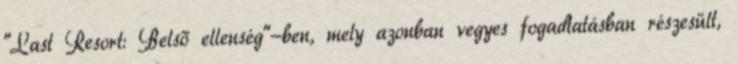
"Last Resort: Belső ellenség"-ben, mely azonban vegyes fogadtatásban részesült,